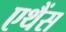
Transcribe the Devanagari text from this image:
एथैंस